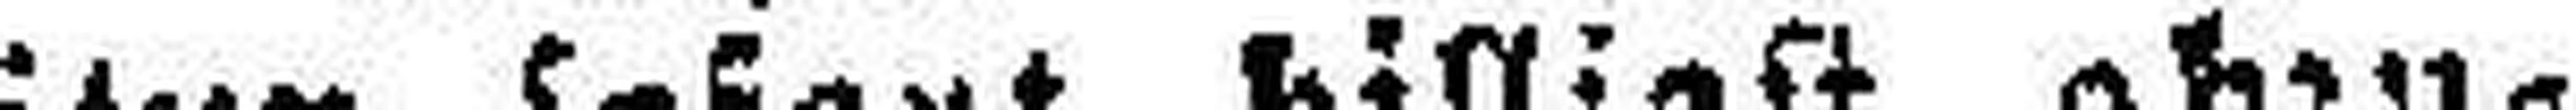
Herrengarnitur sofort billigt abzu¬